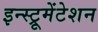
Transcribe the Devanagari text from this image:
इन्स्ट्रूमेंटेशन